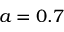
a = 0 . 7